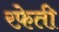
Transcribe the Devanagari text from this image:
रफे़ती